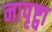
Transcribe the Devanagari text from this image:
नापृष्ट्वा